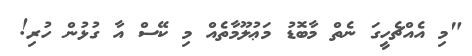
"މި އެއްޗެހީގަ ނެތް މާބޮޑު މަޢުލޫމާތެއް މި ކޭސް އާ ގުޅުން ހުރި!